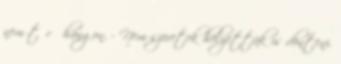
nem tűrő hangon. - Nem szeretek helyettük is dönteni.